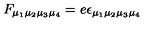
F _ { \mu _ { 1 } \mu _ { 2 } \mu _ { 3 } \mu _ { 4 } } = e \epsilon _ { \mu _ { 1 } \mu _ { 2 } \mu _ { 3 } \mu _ { 4 } }